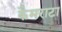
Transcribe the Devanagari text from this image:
कैमराटा